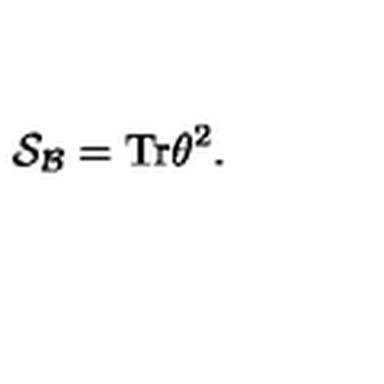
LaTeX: { \cal S _ { B } } = \mathrm { T r } \theta ^ { 2 } .